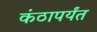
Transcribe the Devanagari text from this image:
कंठापर्यंत